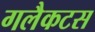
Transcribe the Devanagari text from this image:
गलैकटस